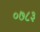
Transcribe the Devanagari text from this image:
०७८३